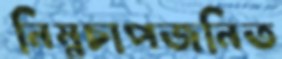
নিম্নচাপজনিত